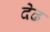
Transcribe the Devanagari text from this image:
देढ